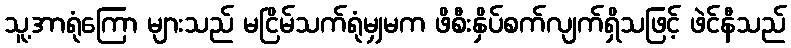
သူ့အာရုံကြော များသည် မငြိမ်သက်ရုံမျှမက ဖိစီးနှိပ်စက်လျက်ရှိသဖြင့် ဖဲင်နီသည်